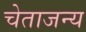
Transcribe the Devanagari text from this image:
चेताजन्य